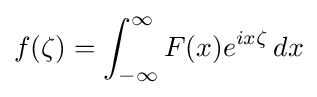
f(\zeta )=\int _{-\infty }^{\infty }F(x)e^{ix\zeta }\,dx